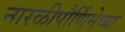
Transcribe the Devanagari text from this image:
नारळीपौर्णिमेच्या